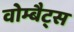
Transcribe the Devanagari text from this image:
वोम्बैट्स